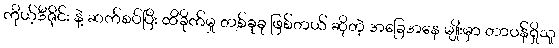
ကိုယ့်ဒီဇိုင်း နဲ့ ဆက်စပ်ပြီး ထိခိုက်မှု တစ်ခုခု ဖြစ်တယ် ဆိုတဲ့ အခြေအနေ မျိုးမှာ တာဝန်ရှိသူ